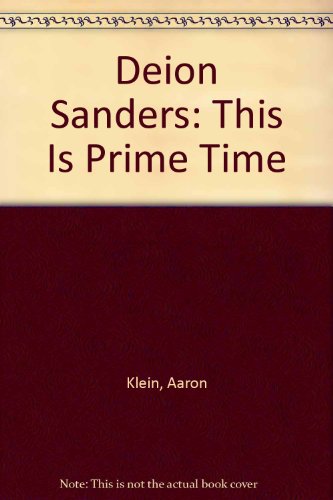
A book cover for Deion Sanders: This Is Prime Time; Aaron Klein; Teen & Young Adult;